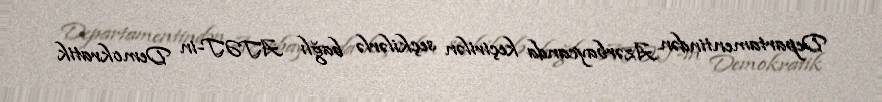
Departamentindən Azərbaycanda keçirilən seçkilərlə bağlı ATƏT-in Demokratik